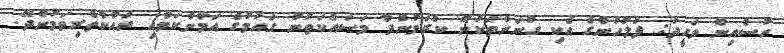
ހުސެއިން ވަހީދު: ފުލުހުންގެ އެކި ގުނަންތަކުން ކުރަމުންދާ މަސައްކަތުން ގައުމުގެ އަމާންކަމާއި ރައްކާތެރިވަމުންދޭ.